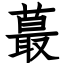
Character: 蕞